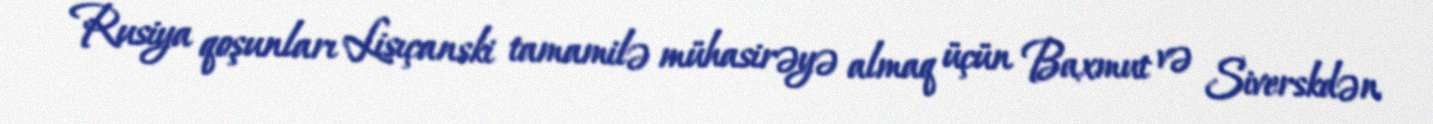
Rusiya qoşunları Lisıçanski tamamilə mühasirəyə almaq üçün Baxmut və Siverskdən